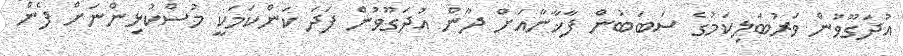
އުދަގޫވުން ވަރުބަލިކަމުގެ ސަބަބުން ފާޚާނާއަށް ދާން އުދަގޫވުން ފަދަ ކަންކަމަކީ މުސްކުޅިންނަށް ފެން